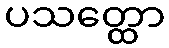
ပသတ္ထော